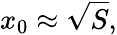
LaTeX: x_{0}\approx{\sqrt{S}},